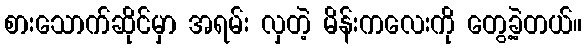
စားသောက်ဆိုင်မှာ အရမ်း လှတဲ့ မိန်းကလေးကို တွေ့ခဲ့တယ်။